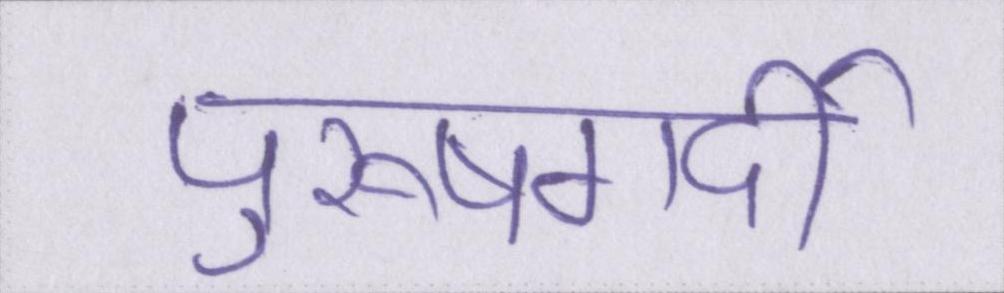
पुरूषगर्दी